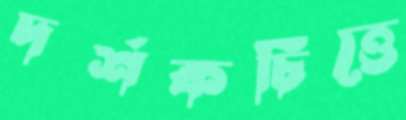
দর্শকচিত্তে